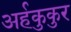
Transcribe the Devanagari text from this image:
अर्हकुकुर